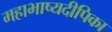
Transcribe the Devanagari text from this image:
महाभाष्यदीपिका